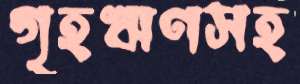
গৃহঋণসহ